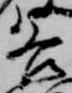
各